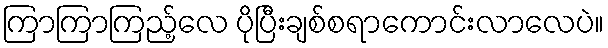
ကြာကြာကြည့်လေ ပိုပြီးချစ်စရာကောင်းလာလေပဲ။